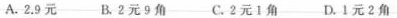
A.2.9元 B.2元9角 C.2元1角 D.1元2角